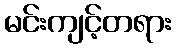
မင်းကျင့်တရား